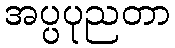
အပ္ပပုညတာ